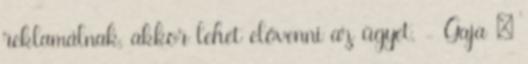
reklamálnak, akkor lehet elővenni az ügyet. - Gaja ✉